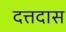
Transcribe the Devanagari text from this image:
दत्तदास